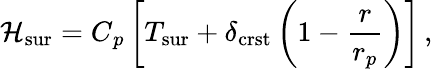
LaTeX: \mathcal{H}_{\mathrm{{sur}}}=C{_{p}}\left[T_{\mathrm{{sur}}}+\delta_{\mathrm{{crst}}}\left(1-\frac{{r}}{{r_{p}}}\right)\right]\, ,